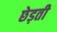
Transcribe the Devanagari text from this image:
छेड़ती